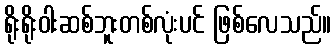
ရိုးရိုးဝါးဆစ်ဘူးတစ်လုံးပင် ဖြစ်လေသည်။